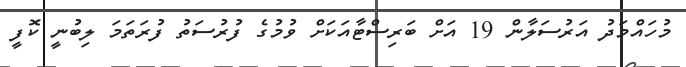
މުހައްމަދު އަރުސަލާން 19 އަށް ބަރިސްޓާއަކަށް ވުމުގެ ފުރުސަތު ފުރަތަމަ ލިބުނީ ކޮފީ